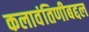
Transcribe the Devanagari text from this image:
कलावंतिणीबद्दल